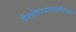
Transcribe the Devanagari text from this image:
वैयक्तिकस्पष्टीकरण